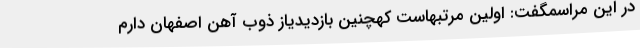
در این مراسمگفت: اولین مرتبهاست کهچنین بازدیدیاز ذوب آهن اصفهان دارم